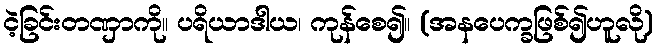
ငဲ့ခြင်းတဏှာကို။ ပရိယာဒါယ၊ ကုန်စေ၍။ (အနပေက္ခဖြစ်၍ဟူလို)